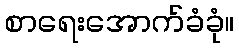
စာရေးအောက်ခံခုံ။